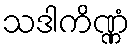
သဒါကိဏ္ဏံ